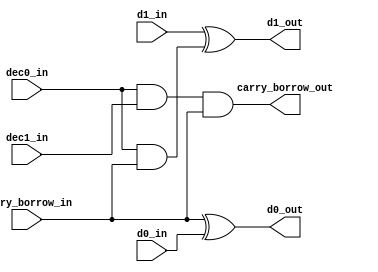
// Copyright (C) 1991-2013 Altera Corporation
// Your use of Altera Corporation's design tools, logic functions 
// and other software and tools, and its AMPP partner logic 
// functions, and any output files from any of the foregoing 
// (including device programming or simulation files), and any 
// associated documentation or information are expressly subject 
// to the terms and conditions of the Altera Program License 
// Subscription Agreement, Altera MegaCore Function License 
// Agreement, or other applicable license agreement, including, 
// without limitation, that your use is for the sole purpose of 
// programming logic devices manufactured by Altera and sold by 
// Altera or its authorized distributors.  Please refer to the 
// applicable agreement for further details.

// PROGRAM		"Quartus II 64-Bit"
// VERSION		"Version 13.0.1 Build 232 06/12/2013 Service Pack 1 SJ Web Edition"
// CREATED		"Mon Oct 13 12:26:57 2014"

module inc_dec_2bit(
	carry_borrow_in,
	d1_in,
	d0_in,
	dec1_in,
	dec0_in,
	carry_borrow_out,
	d1_out,
	d0_out
);


input wire	carry_borrow_in;
input wire	d1_in;
input wire	d0_in;
input wire	dec1_in;
input wire	dec0_in;
output wire	carry_borrow_out;
output wire	d1_out;
output wire	d0_out;

wire	SYNTHESIZED_WIRE_0;




assign	SYNTHESIZED_WIRE_0 = dec0_in & carry_borrow_in;

assign	carry_borrow_out = dec0_in & dec1_in & carry_borrow_in;

assign	d1_out = d1_in ^ SYNTHESIZED_WIRE_0;

assign	d0_out = carry_borrow_in ^ d0_in;


endmodule